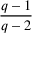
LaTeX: \frac { q - 1 } { q - 2 }